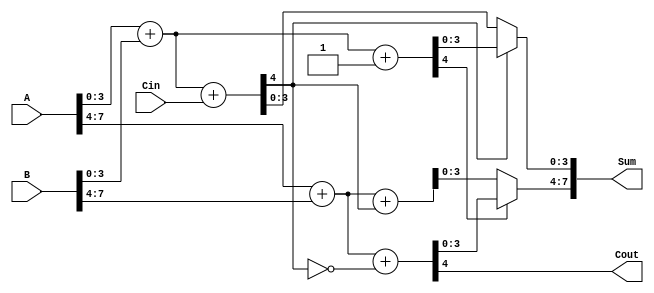
module Han_Carlson_Adder #(parameter N = 8, parameter K = 4) (
    input  wire [N-1:0] A,
    input  wire [N-1:0] B,
    input  wire Cin,
    output wire [N-1:0] Sum,
    output wire Cout
);

    // Number of blocks
    localparam num_blocks = N/K;

    // Intermediate signals
    wire [K-1:0] S0[num_blocks-1:0];  // Sum when carry-in is 0
    wire [K-1:0] S1[num_blocks-1:0];  // Sum when carry-in is 1
    wire C[num_blocks:0];              // Carry out from each block

    genvar i, j;

    // Create blocks for addition
    generate
        for (i = 0; i < num_blocks; i = i + 1) begin : adder_blocks
            // Calculate starting and ending bit index for this block
            wire [K-1:0] A_block = A[K*i +: K];
            wire [K-1:0] B_block = B[K*i +: K];

            if (i == 0) begin
                // First block includes Cin
                assign {C[i], S0[i]} = A_block + B_block + Cin;         // C0 is Cout direct
                assign {C[i+1], S1[i]} = A_block + B_block + 1'b1;     // C'0
            end else begin
                // Subsequent blocks use the carry from the previous block
                assign {C[i], S0[i]} = A_block + B_block + C[i-1];
                assign {C[i+1], S1[i]} = A_block + B_block + (C[i-1] ^ 1'b1); // Flip carry for S1
            end
        end
    endgenerate

    // Final result selection
    generate
        for (j = 0; j < num_blocks; j = j + 1) begin : mux_select
            assign Sum[K*j +: K] = C[j] ? S1[j] : S0[j];
        end
    endgenerate

    // Final carry-out
    assign Cout = C[num_blocks];

endmodule